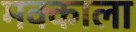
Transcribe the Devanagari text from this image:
मक्काला